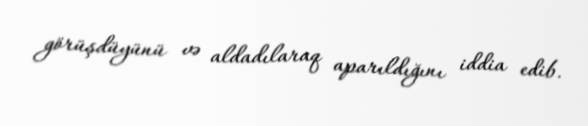
görüşdüyünü və aldadılaraq aparıldığını iddia edib.